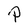
Character: P